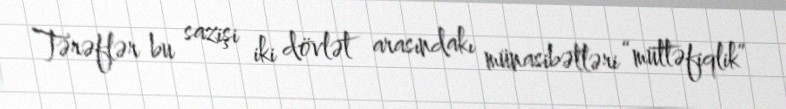
Tərəflər bu sazişi iki dövlət arasındakı münasibətləri “müttəfiqlik”